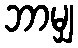
ဘာမျှ